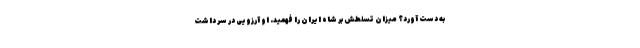
به دست آورد؟ میزان تسلطش بر شاه ایران را فهمید. او آرزویی در سر داشت